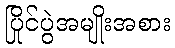
ပြိုင်ပွဲအမျိုးအစား